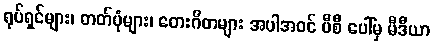
ရုပ်ရှင်များ၊ ဓာတ်ပုံများ၊ တေးဂီတများ အပါအဝင် ပီစီ ပေါ်မှ မီဒီယာ